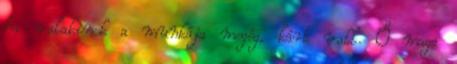
ha valakinek a munkája megég, kárt vall. Ő maga